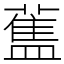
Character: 𰲃